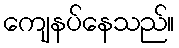
ကျေနပ်နေသည်။